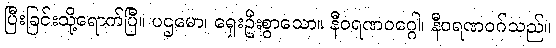
ပြီးခြင်းသို့ရောက်ပြီ။ ပဌမော၊ ရှေးဦးစွာသော။ နီဝရဏဝဂ္ဂေါ၊ နီဝရဏဝဂ်သည်။